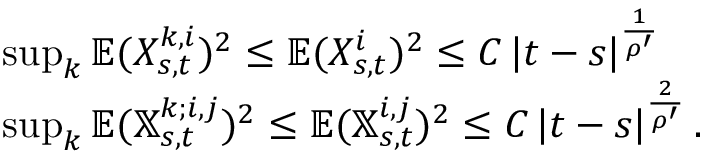
\begin{array} { r l } & { \operatorname* { s u p } _ { k } \mathbb { E } ( X _ { s , t } ^ { k , i } ) ^ { 2 } \leq \mathbb { E } ( X _ { s , t } ^ { i } ) ^ { 2 } \leq C \left| t - s \right| ^ { \frac { 1 } { \rho ^ { \prime } } } } \\ & { \operatorname* { s u p } _ { k } \mathbb { E } ( \mathbb { X } _ { s , t } ^ { k ; i , j } ) ^ { 2 } \leq \mathbb { E } ( \mathbb { X } _ { s , t } ^ { i , j } ) ^ { 2 } \leq C \left| t - s \right| ^ { \frac { 2 } { \rho ^ { \prime } } } . } \end{array}